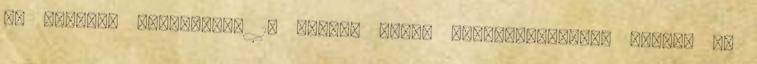
év haladék körülbelül 10 millió Ft-os költségkihatást jelent az